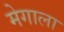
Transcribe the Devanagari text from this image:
मेगाला